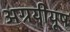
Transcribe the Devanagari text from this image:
अग्रयीयूष